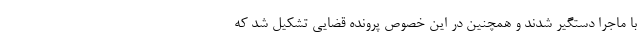
با ماجرا دستگیر شدند و همچنین در این خصوص پرونده قضایی تشکیل شد که